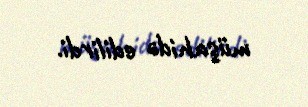
müşahidə edilirdi.